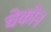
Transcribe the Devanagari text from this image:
चेकोन